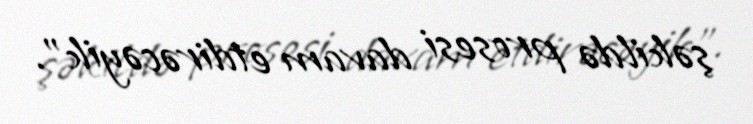
şəkildə prosesi davam etdirəcəyik”.